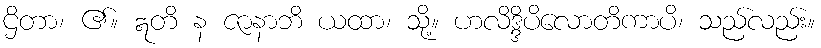
ဌိတာ၊ ၏။ ဣတိ န ဇာနာဘိ ယထာ၊ သို့။ ဟလိဒ္ဒိပိလောတိကာပိ၊ သည်လည်း။